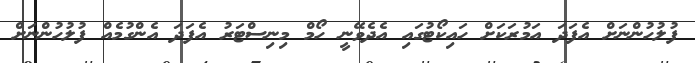
ފުލުހުންނަށް އެފަދަ އަމުރަކަށް ހައިކޯޓުގައި އެދެވޭނީ ހޯމް މިނިސްޓަރު އެފަދަ އެންގުމެއް ފުލުހުންނަށް